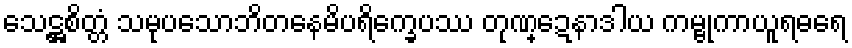
သေဋ္ဌစိတ္တံ သမုပသောဘိတနေမိပရိက္ခေပဿ တုဏ္ဍေနာဒါယ ကမ္ဗုကာယူရဓရေ